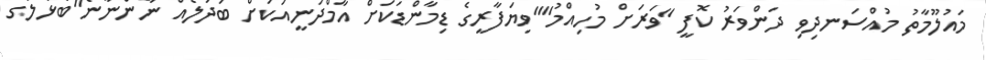
މައުލޫމާތު މުއްސަނދިވި ދަންވަރު ކޮފީ "ވަރަށް މުހިއްމު""ވިޔަފާރީގެ ޑިމާންޑަކަށް އާމްދަނީއަކަށް ބަދަލެއް ނާންނާނެ"ބުޅަލުގެ